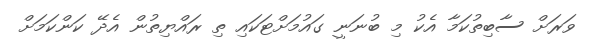
ވަރަށް ސާބިތުކަމާ އެކު މި ބުނަނީ ގައުމަށްޓަކައި ތި ރައްޔިތުން އެދޭ ކަންކަމަށް